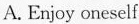
A. Enjoy oneself